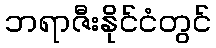
ဘရာဇီးနိုင်ငံတွင်